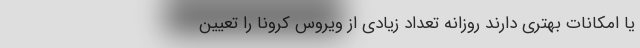
یا امکانات بهتری دارند روزانه تعداد زیادی از ویروس کرونا را تعیین